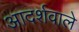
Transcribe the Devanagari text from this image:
आदर्शवाले